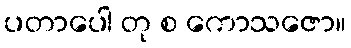
ပတာပေါ တု စ ကောသဇော။